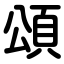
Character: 頌